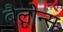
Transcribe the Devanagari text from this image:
बैलोन्स